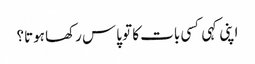
اپنی کہی کسی بات کا تو پاس رکھا ہوتا؟